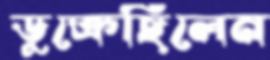
ডুক্‌রেছিলেন